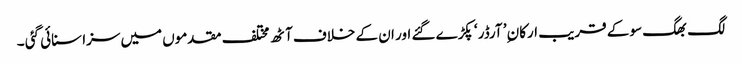
لگ بھگ سو کے قریب ارکان ِ’ آرڈر ‘ پکڑے گئے اور ان کے خلاف آٹھ مختلف مقدموں میں سزا سنائی گئی ۔